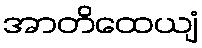
အာတိထေယျံ